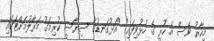
މިހާރު ވެސް އެ ހުރީ ގެ ހުޅުވިފައި" "އަޅުގަނޑުގެ ސިޔާސީ ކުރިމަގު މަރާލުމަށްޓަކައި